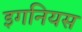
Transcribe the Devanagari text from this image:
इगनियस